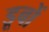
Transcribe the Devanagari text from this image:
डूबों